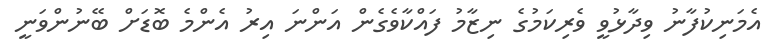
އެމަނިކުފާނު ވިދާޅުވީ ވެރިކަމުގެ ނިޒާމު ފައްކާވެގެން އަންނަ އިރު އެންމެ ބޮޑަށް ބޭނުންވަނީ